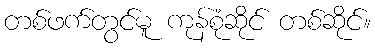
တစ်ဖက်တွင်မူ ကုန်စုံဆိုင် တစ်ဆိုင်။